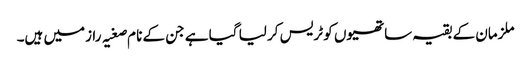
ملزمان کے بقیہ ساتھیوں کو ٹریس کر لیا گیا ہے جن کے نا م صغیہ رازمیں ہیں۔